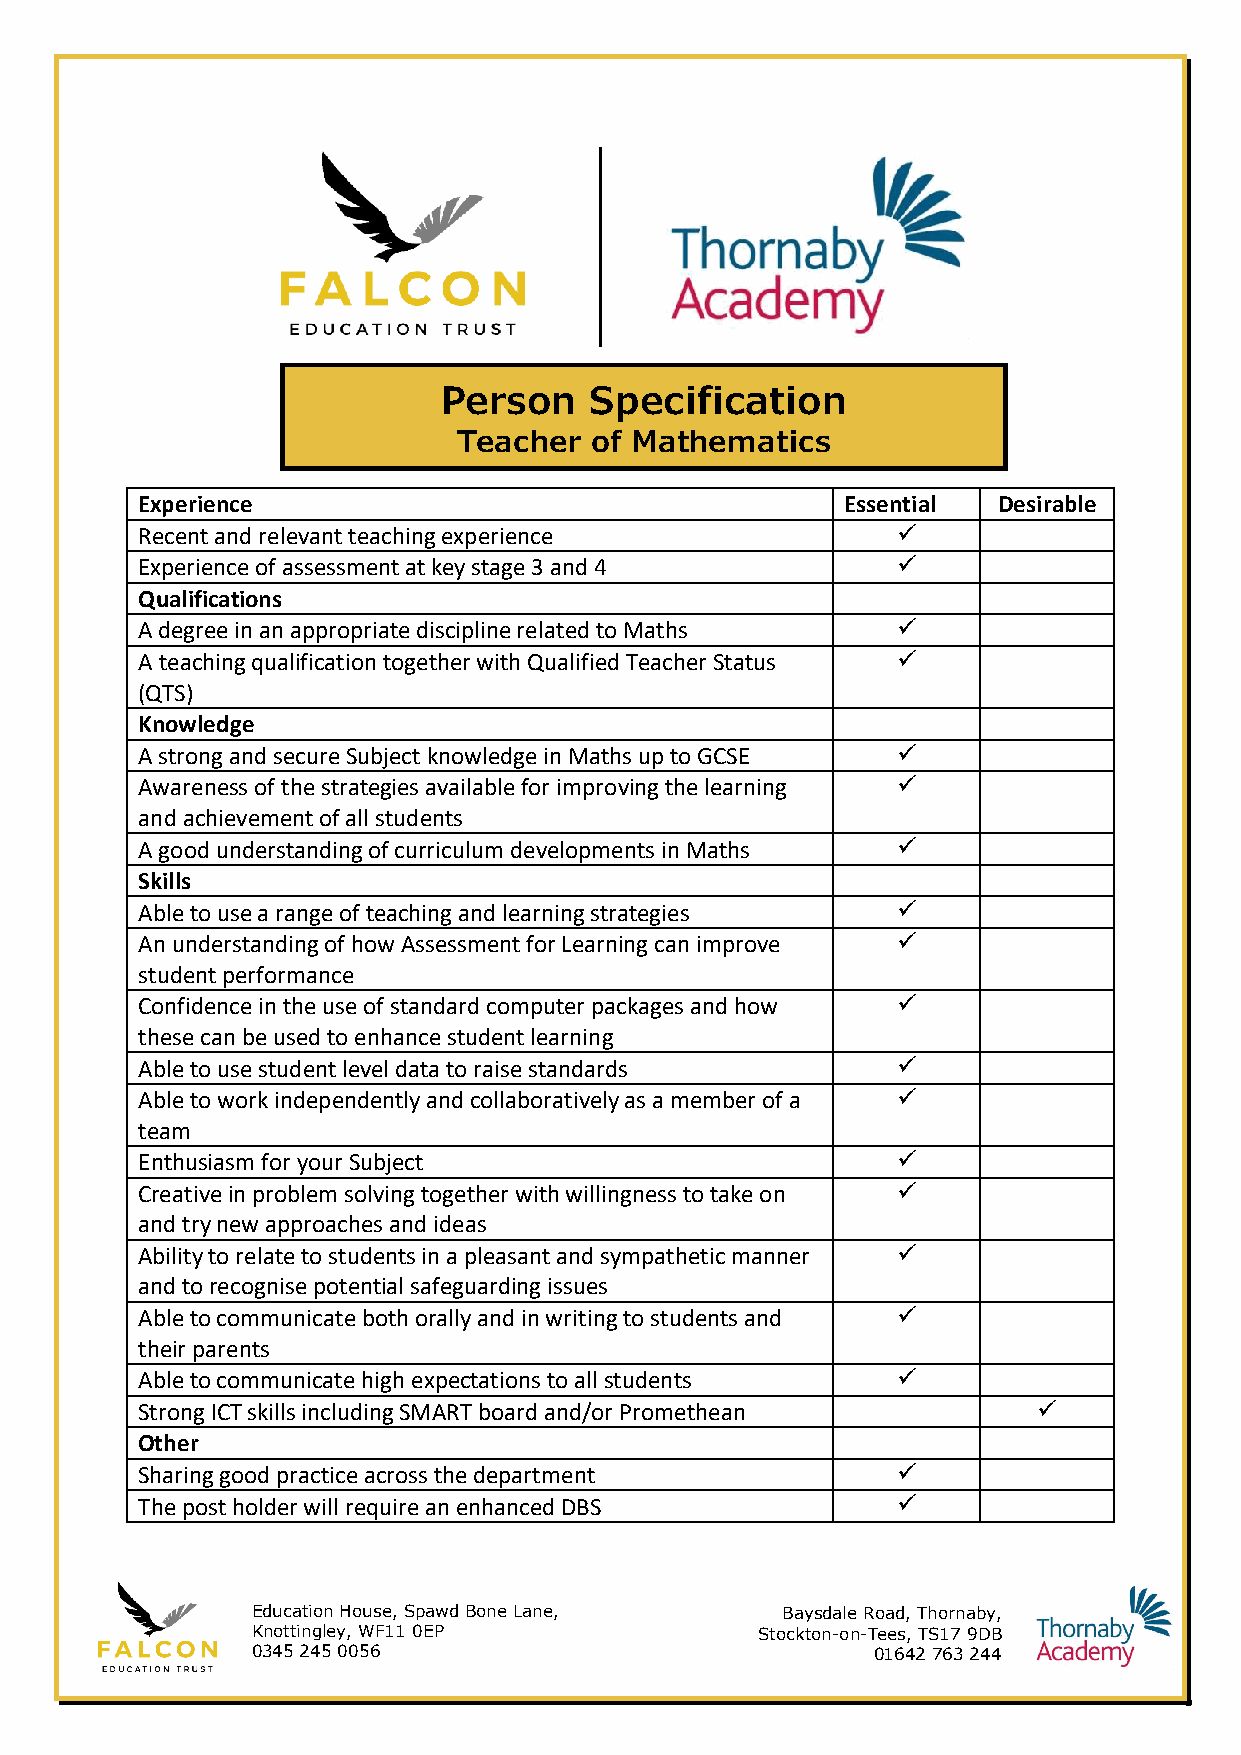
Person    Specification
 Teacher  of Mathematics
 Experience                                     Essential Desirable
 Recent and relevant teaching experience           ✓
 Experience of assessment at key stage 3 and 4     ✓
 Qualifications
 A degree in an appropriate discipline related to Maths ✓
 A teaching qualification together with Qualified Teacher Status ✓
 (QTS)
 Knowledge
 A strong and secure Subject knowledge in Maths up to GCSE ✓
 Awareness of the strategies available for improving the learning ✓
 and achievement of all students
 A good understanding of curriculum developments in Maths ✓
 Skills
 Able to use a range of teaching and learning strategies ✓
 An understanding of how Assessment for Learning can improve ✓
 student performance
 Confidence in the use of standard computer packages and how ✓
 these can be used to enhance student learning
 Able to use student level data to raise standards ✓
 Able to work independently and collaboratively as a member of a ✓
 team
 Enthusiasm for your Subject                       ✓
 Creative in problem solving together with willingness to take on ✓
 and try new approaches and ideas
 Ability to relate to students in a pleasant and sympathetic manner ✓
 and to recognise potential safeguarding issues
 Able to communicate both orally and in writing to students and ✓
 their parents
 Able to communicate high expectations to all students ✓
 Strong ICT skills including SMART board and/or Promethean   ✓
 Other
 Sharing good practice across the department       ✓
 The post holder will require an enhanced DBS      ✓
 Education House, Spawd Bone Lane,  B a y s d a l e R o a d , T h o r n a b y ,
 Knottingley, WF11 0EP            Stockton-on-Tees, TS17 9DB
 0345 245 0056                            01642 763 244